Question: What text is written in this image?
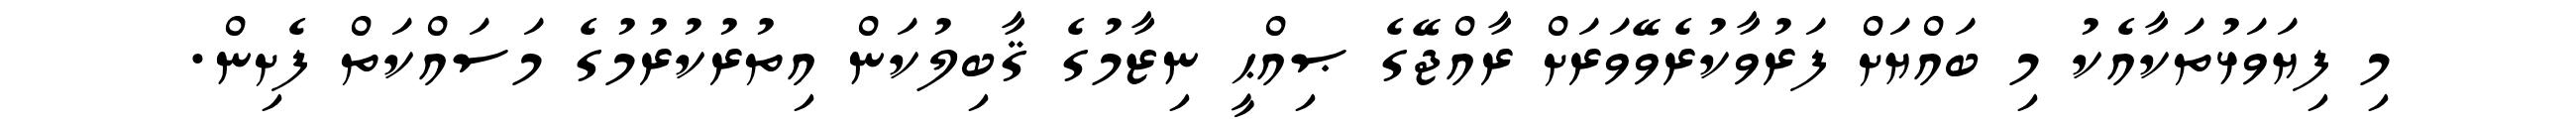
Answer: މި ފިޔަވަޅުތަކާއެކު މި ބައްޔަށް ފަރުވާކުރެވޭވަރަށް ރާއްޖޭގެ ޞިއްޙީ ނިޒާމުގެ ޤާބިލުކަން އިތުރުކުރުމުގެ މަސައްކަތް ފެށިން.